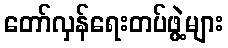
တော်လှန်ရေးတပ်ဖွဲ့များ